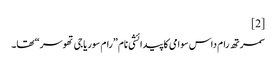
[2]
سمرتھ رام داس سوامی کا پیدائشی نام ”رام سوریاجی تھوسر“ تھا۔